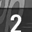
Digit: 2